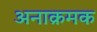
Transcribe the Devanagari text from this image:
अनाक्रमक